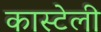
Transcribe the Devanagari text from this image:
कास्टेली